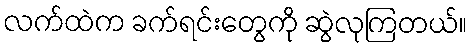
လက်ထဲက ခက်ရင်းတွေကို ဆွဲလုကြတယ်။